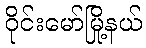
ဝိုင်းမော်မြို့နယ်